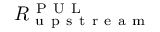
R _ { \mathrm { ~ u ~ p ~ s ~ t ~ r ~ e ~ a ~ m ~ } } ^ { \mathrm { ~ P ~ U ~ L ~ } }